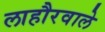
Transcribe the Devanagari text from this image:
लाहौरवाले